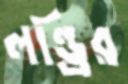
লন্ড্রির